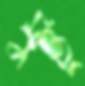
ফুট্